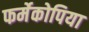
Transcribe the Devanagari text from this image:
फर्मेकोपिया